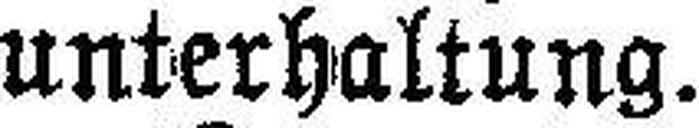
unterhaltung.